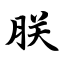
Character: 朕